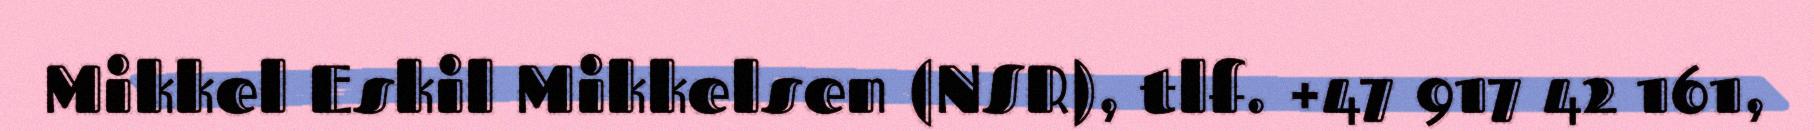
Mikkel Eskil Mikkelsen (NSR), tlf. +47 917 42 161,